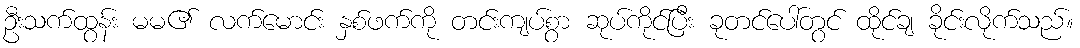
ဦးသက်ထွန်း မမ၏ လက်မောင်း နှစ်ဖက်ကို တင်းကျပ်စွာ ဆုပ်ကိုင်ပြီး ခုတင်ပေါ်တွင် ထိုင်ချ ခိုင်းလိုက်သည်။